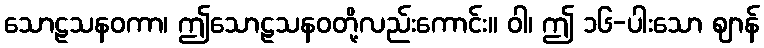
သောဠသနဝကာ၊ ဤသောဠသနဝတို့လည်းကောင်း။ ဝါ၊ ဤ ၁၆-ပါးသော ဈာန်